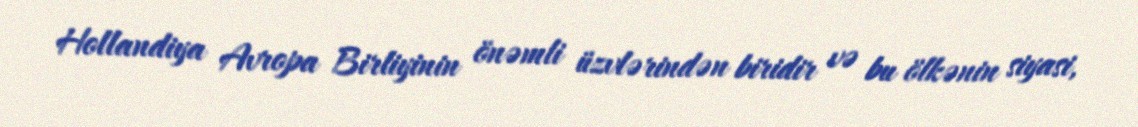
Hollandiya Avropa Birliyinin önəmli üzvlərindən biridir və bu ölkənin siyasi,